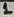
Text: 1